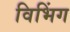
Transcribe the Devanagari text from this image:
विभिंग